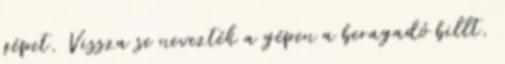
gépet. Vissza se nevezték a gépen a beragadó billt.